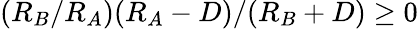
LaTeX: (R_{B}/R_{A})(R_{A}-D)/(R_{B}+D)\ge 0